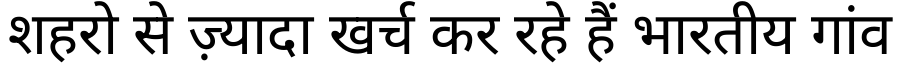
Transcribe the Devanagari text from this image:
शहरो से ज़्यादा खर्च कर रहे हैं भारतीय गांव